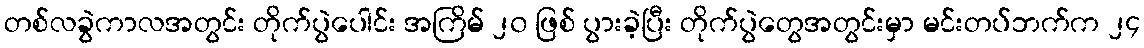
တစ်လခွဲကာလအတွင်း တိုက်ပွဲပေါင်း အကြိမ် ၂၀ ဖြစ် ပွားခဲ့ပြီး တိုက်ပွဲတွေအတွင်းမှာ မင်းတပ်ဘက်က ၂၄